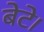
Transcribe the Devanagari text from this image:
बेटे।